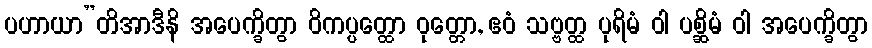
ပဟာယာ”တိအာဒီနိ အပေက္ခိတွာ ဝိကပ္ပတ္ထော ဝုတ္တော, ဧဝံ သဗ္ဗတ္ထ ပုရိမံ ဝါ ပစ္ဆိမံ ဝါ အပေက္ခိတွာ